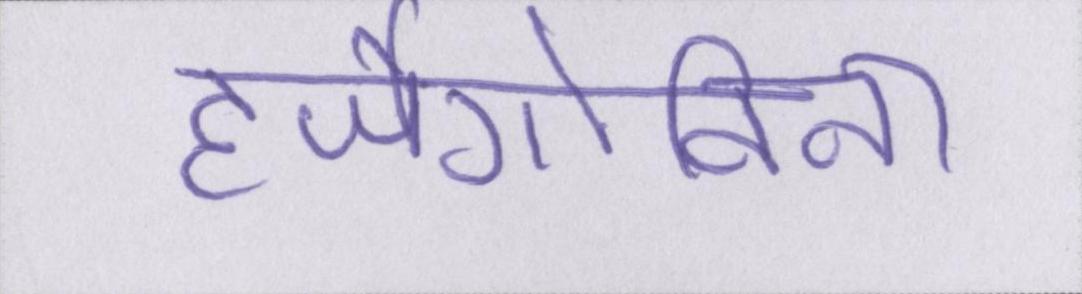
हर्जेगोविना